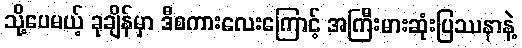
သို့ပေမယ့် ခုချိန်မှာ ဒီစကားလေးကြောင့် အကြီးမားဆုံးပြဿနာနဲ့